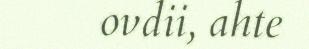
ovdii, ahte